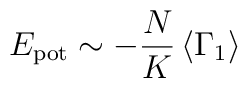
E_{\mathrm{pot}} \sim -\frac{N}{K} \left< \Gamma_1 \right>